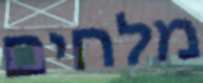
מלחים